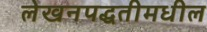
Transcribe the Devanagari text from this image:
लेखनपद्धतीमधील